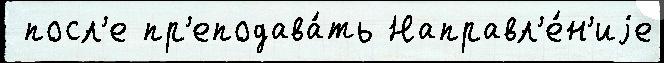
 посл'е пр'еподава́ть Направл'е́н'иjе